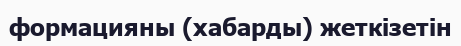
формацияны (хабарды) жеткізетін